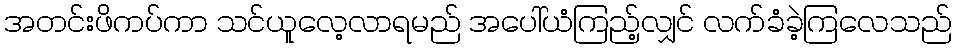
အတင်းဖိကပ်ကာ သင်ယူလေ့လာရမည် အပေါ်ယံကြည့်လျှင် လက်ခံခဲ့ကြလေသည်